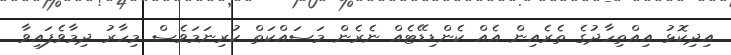
އިދިކޮޅު އިއްތިހާދުގެ ތެރެއިން އެއް ކެންޑިޑޭޓެއް ނެރެން މަސައްކަތް ކުރިނަމަވެސް މިހާރު ދިމާވެފައިވާ